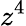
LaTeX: z^{4}